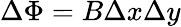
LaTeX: \Delta\Phi=B\Delta x\Delta y